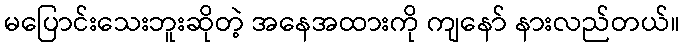
မပြောင်းသေးဘူးဆိုတဲ့ အနေအထားကို ကျနော် နားလည်တယ်။